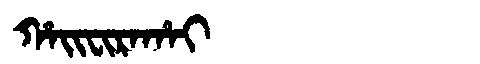
Manchu: ᡥᠠᡳᠸᡳᡵᠠᡥᠠᡳ
Romanization: HAIFIRAHAI